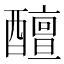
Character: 𨣚